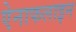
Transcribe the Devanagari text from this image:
ऐनाफलाइन